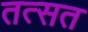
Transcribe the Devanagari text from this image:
तत्सत